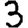
Digit: 3